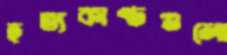
হত্যকাণ্ডগুলো